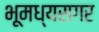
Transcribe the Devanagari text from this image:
भूमध्यसगर